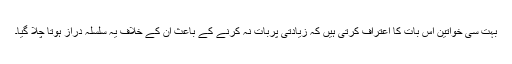
بہت سی خواتین اس بات کا اعتراف کرتی ہیں کہ زیادتی پربات نہ کرنے کے باعث ان کے خلاف یہ سلسلہ دراز ہوتا چلا گیا۔